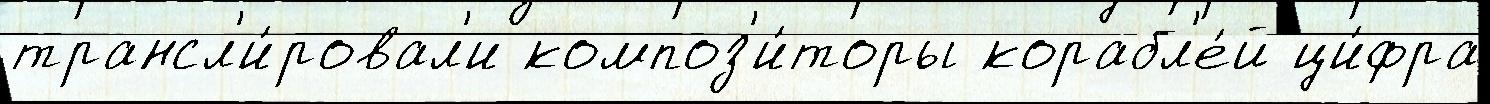
трансл'и́ровал'и композ'и́торы корабл'е́й ци́фра